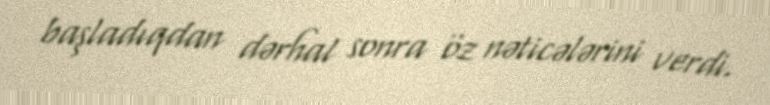
başladıqdan dərhal sonra öz nəticələrini verdi.